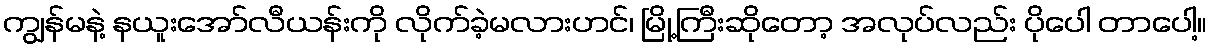
ကျွန်မနဲ့ နယူးအော်လီယန်းကို လိုက်ခဲ့မလားဟင်၊ မြို့ကြီးဆိုတော့ အလုပ်လည်း ပိုပေါ တာပေါ့။